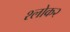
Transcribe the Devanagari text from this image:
श्लोक२